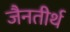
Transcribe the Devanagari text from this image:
जैनतीर्थ